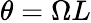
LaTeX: \theta=\Omega L